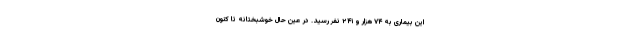
این بیماری به ۷۴ هزار و ۲۴۱ نفر رسید. در عین حال خوشبختانه تا کنون